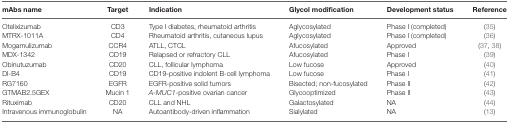
<table><thead><tr><td><b>mAbs name</b></td><td><b>Target</b></td><td><b>Indication</b></td><td><b>Glycol modification</b></td><td><b>Development status</b></td><td><b>Reference</b></td></tr></thead><tbody><tr><td>Otelixizumab</td><td>CD3</td><td>Type I diabetes, rheumatoid arthritis</td><td>Aglycosylated</td><td>Phase I (completed)</td><td>(35)</td></tr><tr><td>MTRX-1011A</td><td>CD4</td><td>Rheumatoid arthritis, cutaneous lupus</td><td>Aglycosylated</td><td>Phase I (completed)</td><td>(36)</td></tr><tr><td>Mogamulizumab</td><td>CCR4</td><td>ATLL, CTCL</td><td>Afucosylated</td><td>Approved</td><td>(37, 38)</td></tr><tr><td>MDX-1342</td><td>CD19</td><td>Relapsed or refractory CLL</td><td>Afucosylated</td><td>Phase I</td><td>(39)</td></tr><tr><td>Obinutuzumab</td><td>CD20</td><td>CLL, follicular lymphoma</td><td>Low fucose</td><td>Approved</td><td>(40)</td></tr><tr><td>DI-B4</td><td>CD19</td><td>CD19-positive indolent B-cell lymphoma</td><td>Low fucose</td><td>Phase I</td><td>(41)</td></tr><tr><td>RG7160</td><td>EGFR</td><td>EGFR-positive solid tumors</td><td>Bisected; non-fucosylated</td><td>Phase II</td><td>(42)</td></tr><tr><td>GTMAB2.5GEX</td><td>Mucin 1</td><td><i>A-MUC1</i>-positive ovarian cancer</td><td>Glycooptimized</td><td>Phase II</td><td>(43)</td></tr><tr><td>Rituximab</td><td>CD20</td><td>CLL and NHL</td><td>Galactosylated</td><td>NA</td><td>(44)</td></tr><tr><td>Intravenous immunoglobulin</td><td>NA</td><td>Autoantibody-driven inflammation</td><td>Sialylated</td><td>NA</td><td>(13)</td></tr></tbody></table>